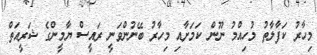
މިހާރު ކަފާލާތު މުހިއްމު ނޫން ކަމަށާއި މިހާރު ބޭނުންވަނީ ރައީސް ޔާމީންގެ ޝަރީއަތް